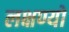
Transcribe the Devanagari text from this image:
लक्षण्यो